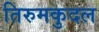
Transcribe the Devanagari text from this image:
तिरुमकुदल